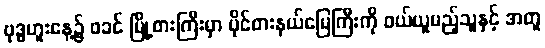
ဗုဒ္ဓဟူးနေ့၌ ဖခင် မြို့စားကြီးမှာ ပိုင်စားနယ်မြေကြီးကို ဝယ်ယူမည့်သူနှင့် အတူ